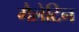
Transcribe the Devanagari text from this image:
गैलेटिन